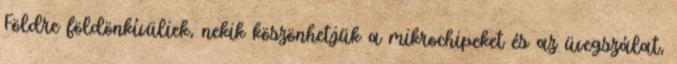
Földre földönkívüliek, nekik köszönhetjük a mikrochipeket és az üvegszálat,